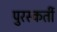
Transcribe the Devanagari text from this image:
पुरस्कर्ती